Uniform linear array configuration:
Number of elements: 12
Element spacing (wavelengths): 0.5
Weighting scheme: uniform
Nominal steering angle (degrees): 60
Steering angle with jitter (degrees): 58.123
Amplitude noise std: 0.05
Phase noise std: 0.05

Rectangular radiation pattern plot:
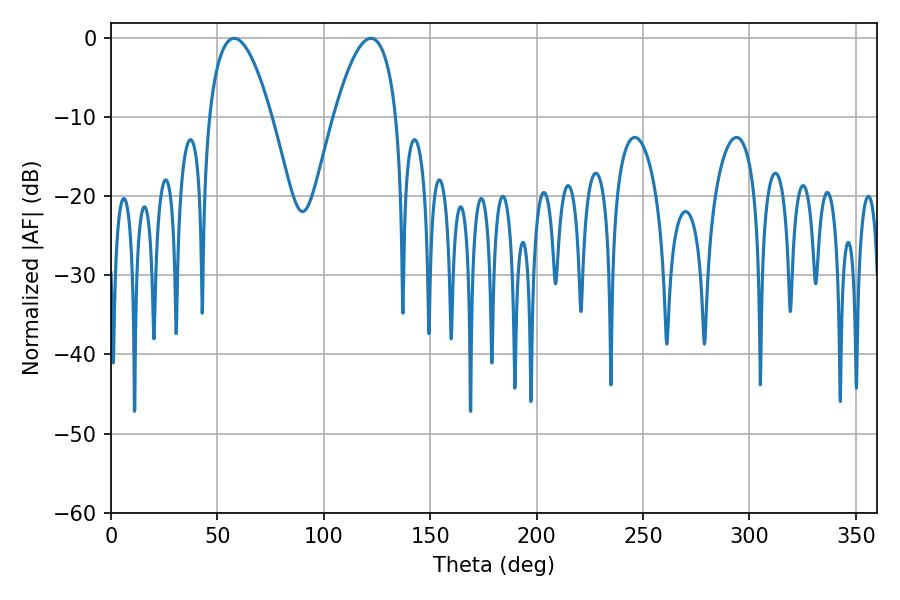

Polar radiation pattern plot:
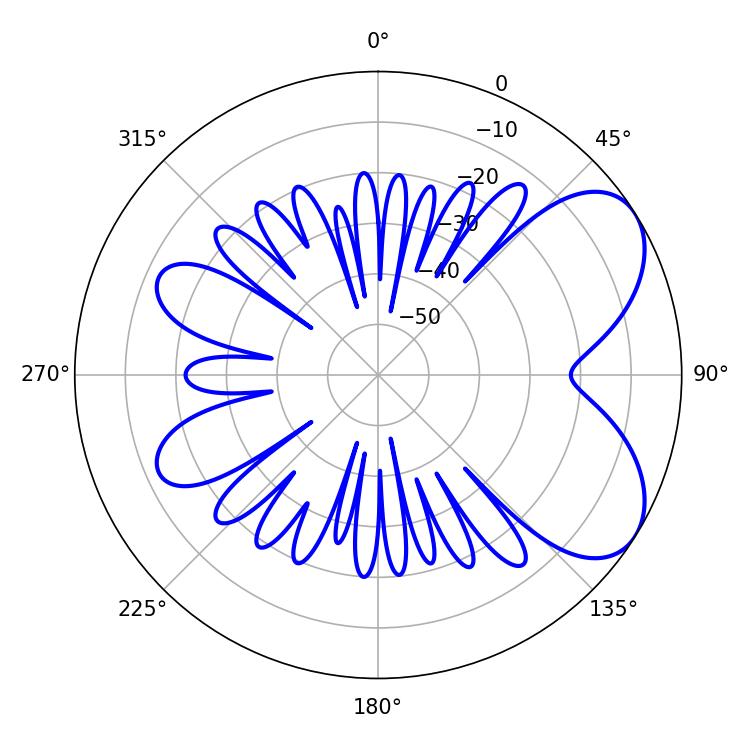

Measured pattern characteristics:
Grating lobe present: FALSE
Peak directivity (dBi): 6.03
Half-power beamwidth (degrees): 16.2
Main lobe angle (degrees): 57.78